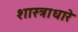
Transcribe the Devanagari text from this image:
शास्त्राधारे